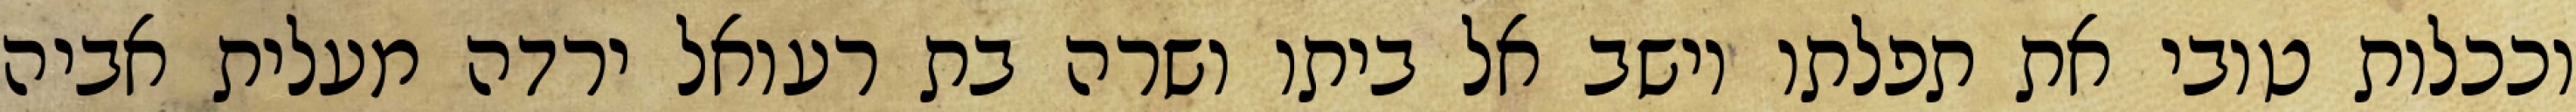
וככלות טובי את תפלתו וישב אל ביתו ושרה בת רעואל ירדה מעלית אביה